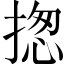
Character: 揔